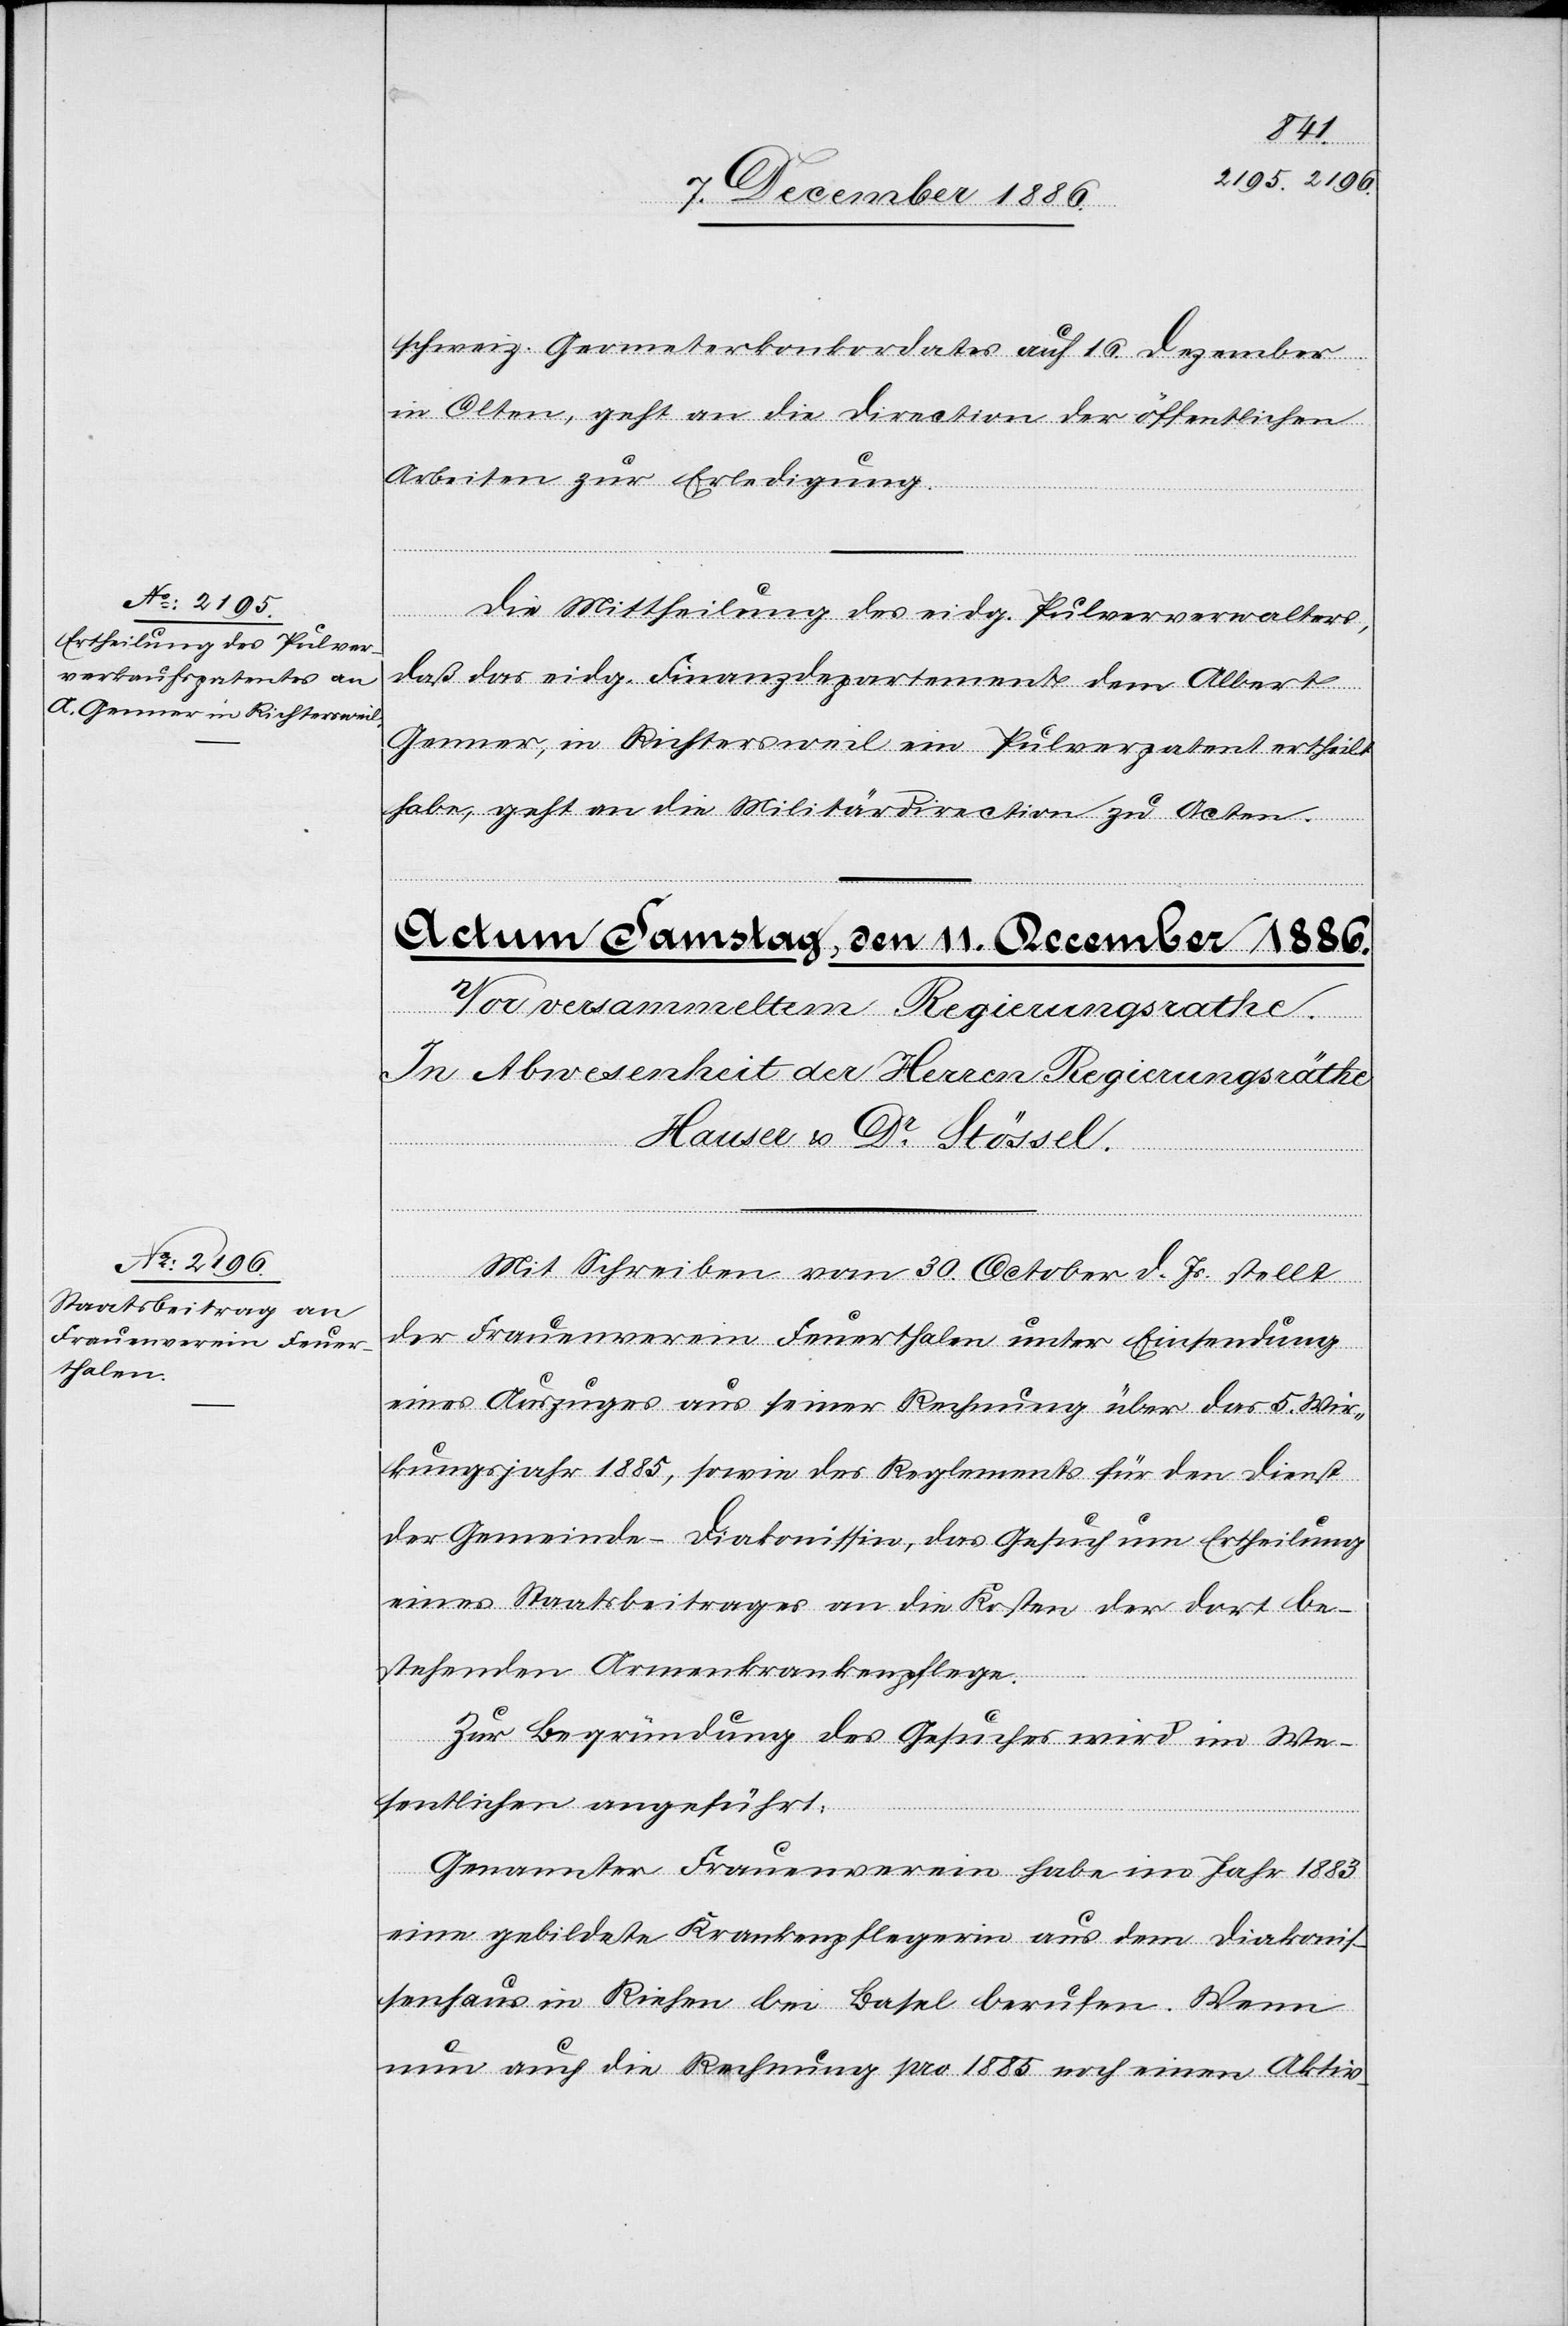
10. December 1886.]
schweiz. Geometerkonkordates auf 16. Dezember
in Olten, geht an die Direction der öffentlichen
Arbeiten zur Erledigung.
Die Mittheilung des eidg. Pulververwalters,
daß das eidg. Finanzdepartement dem Albert
Genner, in Richtersweil ein Pulverpatent ertheilt
habe, geht an die Militärdirection zu Acten.
Mit Schreiben vom 30. October d. Js. stellt
der Frauenverein Feuerthalen unter Einsendung
eines Auszuges aus seiner Rechnung über das 5. Wir¬
kungsjahr 1885, sowie des Reglements für den Dienst
der Gemeinde-Diakonissin, das Gesuch um Ertheilung
eines Staatsbeitrages an die Kosten der dort be¬
stehenden Armenkrankenpflege.
Zur Begründung des Gesuches wird im We¬
sentlichen angeführt:
Genannter Frauenverein habe im Jahr 1883
eine gebildete Krankenpflegerin aus dem Diakonis¬
senhaus in Riehen bei Basel berufen. Wenn
nun auch die Rechnung pro 1885 noch einen Aktiv-